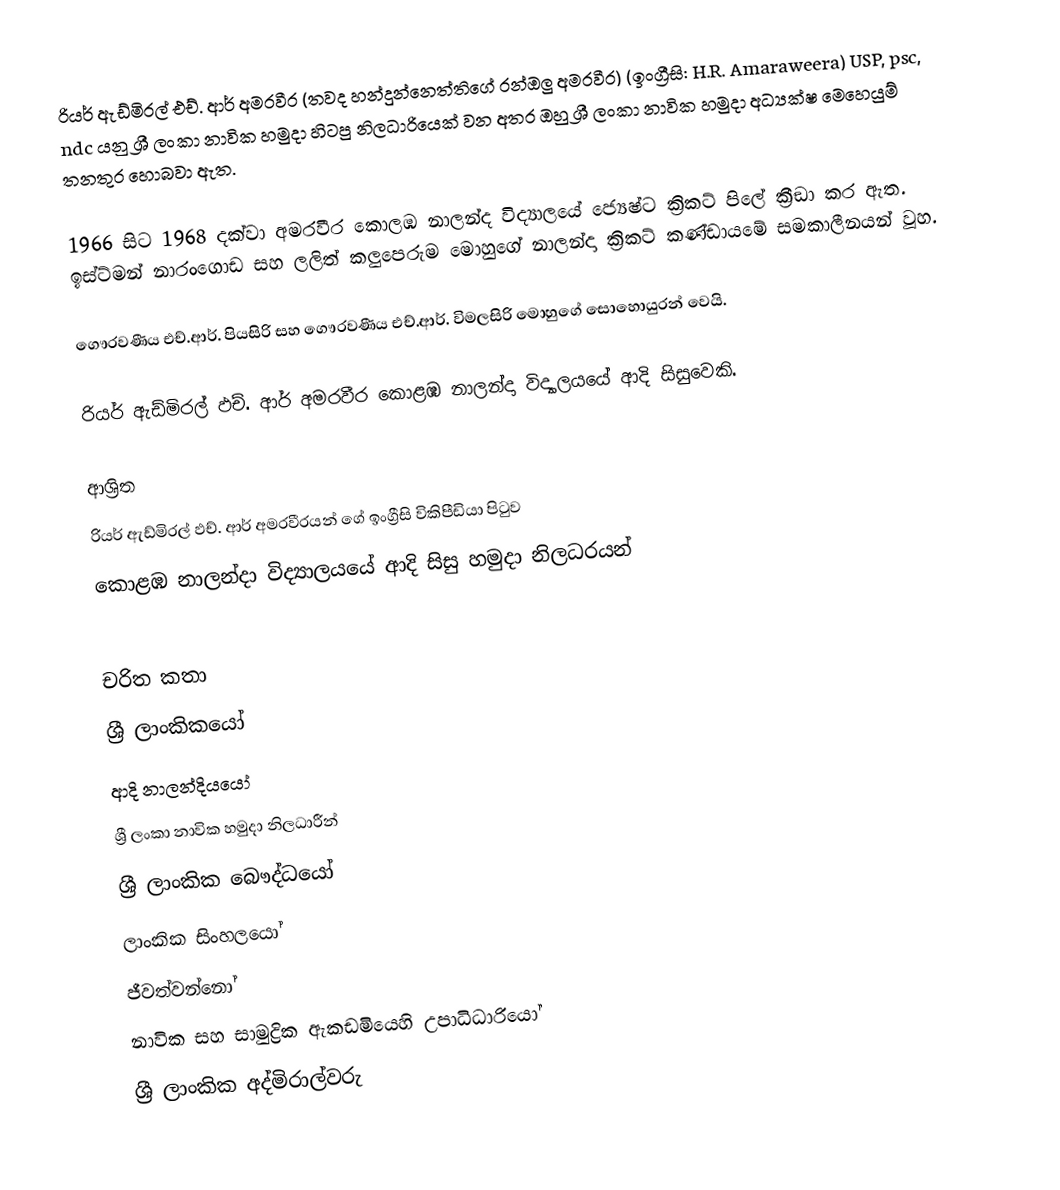
රියර් ඇඩ්මිරල් එච්. ආර් අමරවීර (තවද හන්දුන්නෙත්තිගේ රන්ඔලු අමරවීර) (ඉංග්‍රීසි: H.R. Amaraweera) USP, psc, ndc යනු ශ්‍රී ලංකා නාවික හමුදා හිටපු නිලධාරියෙක් වන අතර ඔහු ශ්‍රී ලංකා නාවික හමුදා අධ්‍යක්ෂ මෙහෙයුම් තනතුර හොබවා ඇත.

1966 සිට 1968 දක්වා අමරවීර කොලඹ නාලන්ද  විද්‍යාලයේ ජ්‍යෙෂ්ට ක්‍රිකට් පිලේ ක්‍රීඞා කර ඇත. ඉස්ට්මන් නාරංගොඩ සහ ලලිත් කලුපෙරුම මොහුගේ නාලන්දා ක්‍රිකට් කණ්ඩායමේ සමකාලීනයන් වූහ.

ගෞරවණීය එච්.ආර්. පියසිරි සහ ගෞරවණීය එච්.ආර්. විමලසිරි මොහුගේ සොහොයුරන් වෙයි.

රියර් ඇඩ්මිරල් ඵච්. ආර් අමරවීර  කොළඹ නාලන්දා විද්‍යාලයයේ ආදි සිසුවෙකි.

ආශ්‍රිත
  රියර් ඇඩ්මිරල් ඵච්. ආර් අමරවීරයන් ගේ ඉංග්‍රීසි විකිපීඩියා පිටුව
 කොළඹ නාලන්දා විද්‍යාලයයේ ආදි සිසු හමුදා නිලධරයන්

චරිත කතා
ශ්‍රී ලාංකිකයෝ
ආදි නාලන්දියයෝ
ශ්‍රී ලංකා නාවික හමුදා නිලධාරීන්
ශ්‍රී ලාංකික බෞද්ධයෝ
ලාංකික සිංහලයෝ
ජීවත්වන්නෝ
නාවික සහ සාමුද්‍රික ඇකඩමියෙහි උපාධිධාරියෝ
ශ්‍රී ලාංකික අද්මිරාල්වරු